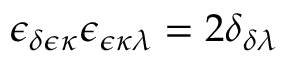
\epsilon _ { \delta \epsilon \kappa } \epsilon _ { \epsilon \kappa \lambda } = 2 \delta _ { \delta \lambda }